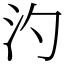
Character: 汋